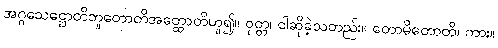
အဂ္ဂသေဋ္ဌောတိဘူတောတိအတ္ထောတိဟူ၍။ ဝုတ္တ၊ ငါဆိုခဲ့သတည်း။ တောမိတောတိ၊ ကား။